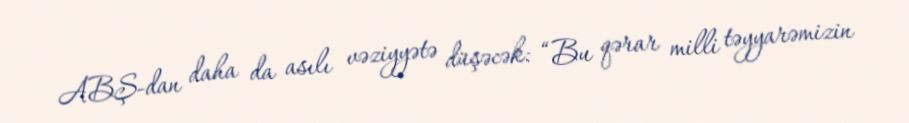
ABŞ-dan daha da asılı vəziyyətə düşəcək: “Bu qərar milli təyyarəmizin